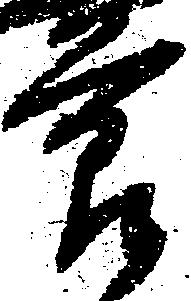
節